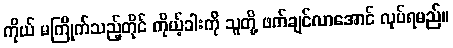
ကိုယ် မကြိုက်သည့်တိုင် ကိုယ့်ခါးကို သူတို့ ဖက်ချင်လာအောင် လုပ်ရမည်။